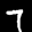
Label: 7